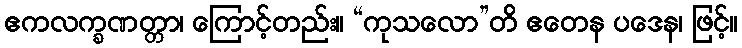
ဧကလက္ခဏတ္တာ၊ ကြောင့်တည်း။ “ကုသလော”တိ ဧတေန ပဒေန၊ ဖြင့်။